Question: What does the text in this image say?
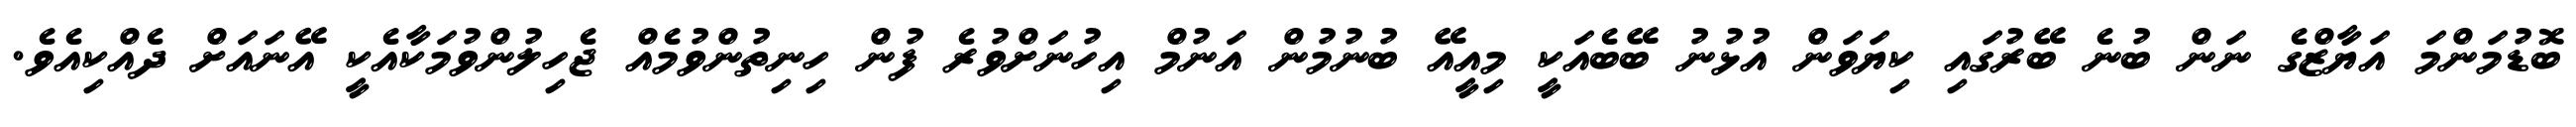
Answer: ބޮޑުމަންމަ އަޔާޒްގެ ނަން ބުނެ ބޭރުގައި ކިޔަވަން އުޅުނު ބޭބެއަކީ މިއީއޭ ބުނުމުން އަނުމް އިހުނަށްވުރެ ފުން ހިނިތުންވުމެއް ޖެހިލުންވުމަކާއެކީ އޭނައަށް ދެއްކިއެވެ.